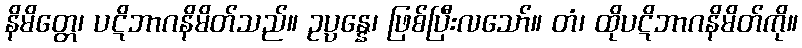
နိမိတ္တေ၊ ပဋိဘာဂနိမိတ်သည်။ ဥပ္ပန္နေ၊ ဖြစ်ပြီးလသော်။ တံ၊ ထိုပဋိဘာဂနိမိတ်ကို။